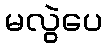
မလွဲပေ